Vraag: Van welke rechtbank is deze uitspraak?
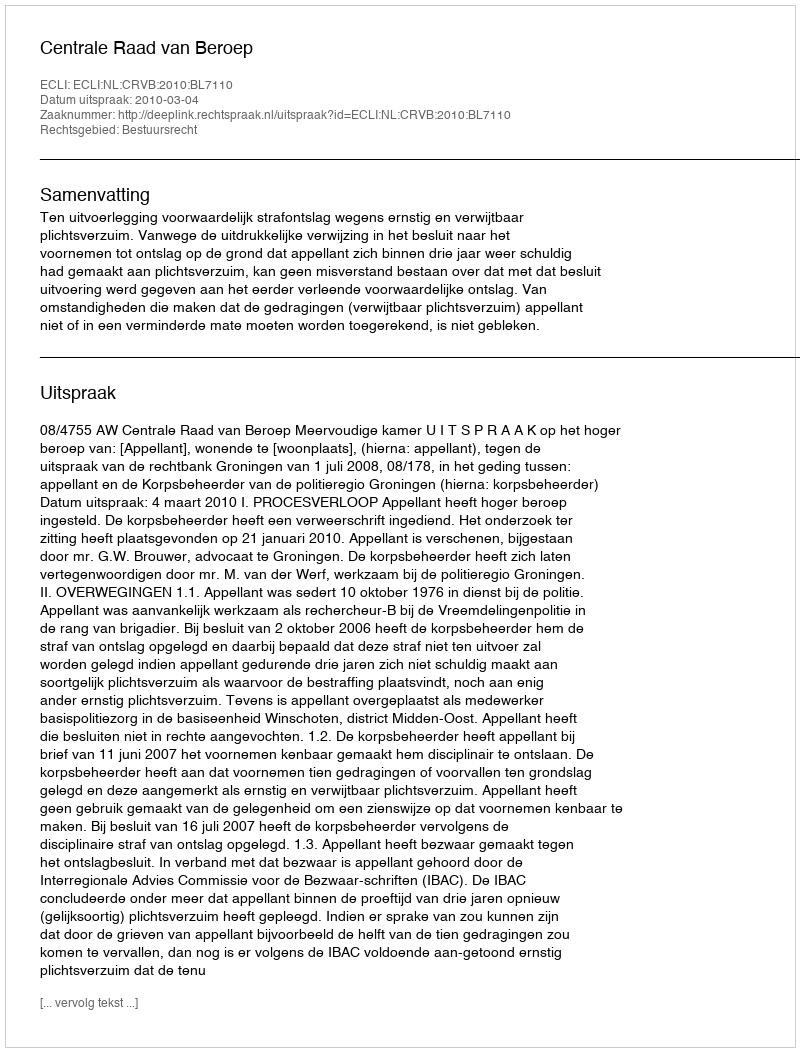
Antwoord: Centrale Raad van Beroep